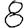
Digit: 8